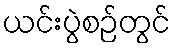
ယင်းပွဲစဉ်တွင်